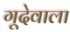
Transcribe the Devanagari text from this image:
गूदेवाला